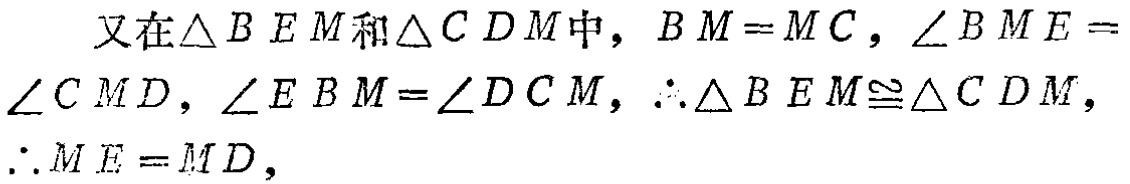
又在$\triangle BEM$和$\triangle CDM$中，$BM = MC$，$\angle BME = \angle CMD$，$\angle EBM = \angle DCM$，$\therefore \triangle BEM\cong\triangle CDM$，$\therefore ME = MD$，